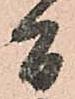
間